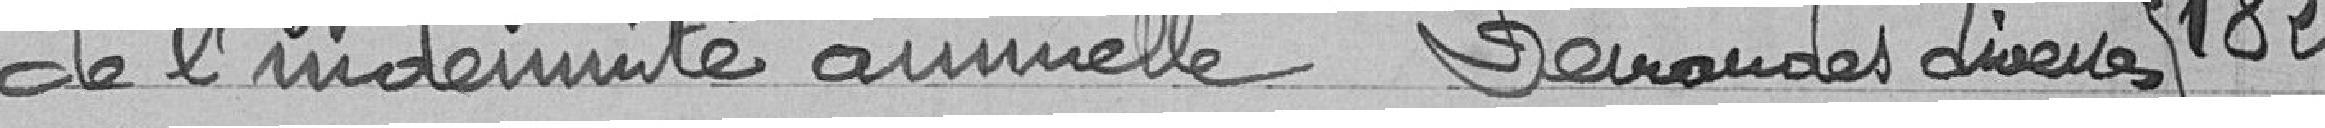
de l'indemnité annuelle Demandes diverses 182